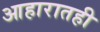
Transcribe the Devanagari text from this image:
आहारातही